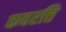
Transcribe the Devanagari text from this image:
कवरत्ति